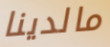
مالدينا